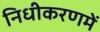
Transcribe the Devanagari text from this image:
निधीकरणमें